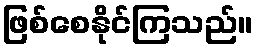
ဖြစ်စေနိုင်ကြသည်။